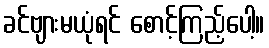
ခင်ဗျားမယုံရင် စောင့်ကြည့်ပေါ့။